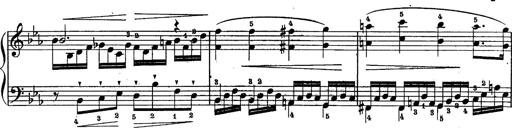
Title: Schubert's Impromptus [revised and edited by Franz Liszt]
Composer: Franz Liszt